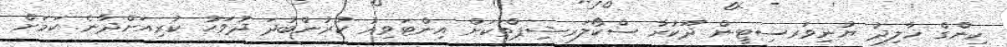
ކިންގް ޚާލިދު ޔުނިވަރސިޓީން ދޫކުރާ ސްކޯލަރޝިޕްތަކަށް އިންޓަވިއު ކުރުންބުދަ ދުވަހު ކުރިއަށްދާނެ ކަމަށް